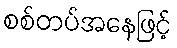
စစ်တပ်အနေဖြင့်